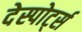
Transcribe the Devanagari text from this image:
देस्पोर्ट्स